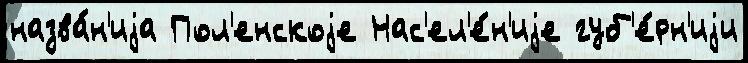
назва́н'иjа Пол'енскоjе Нас'ел'е́н'иjе губ'е́рн'иjи